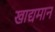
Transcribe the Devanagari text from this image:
खाद्यमान